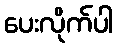
ပေးလိုက်ပါ